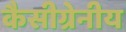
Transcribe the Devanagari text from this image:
कैसीग्रेनीय